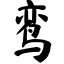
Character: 鸾